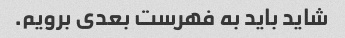
شاید باید به فهرست بعدی برویم.